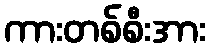
ကားတစ်စီးအား